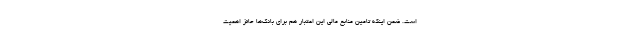
است. ضمن اینکه تامین منابع مالی این اعتبار هم برای بانک‌ها حائز اهمیت